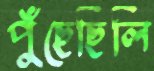
পুঁছেছিলি